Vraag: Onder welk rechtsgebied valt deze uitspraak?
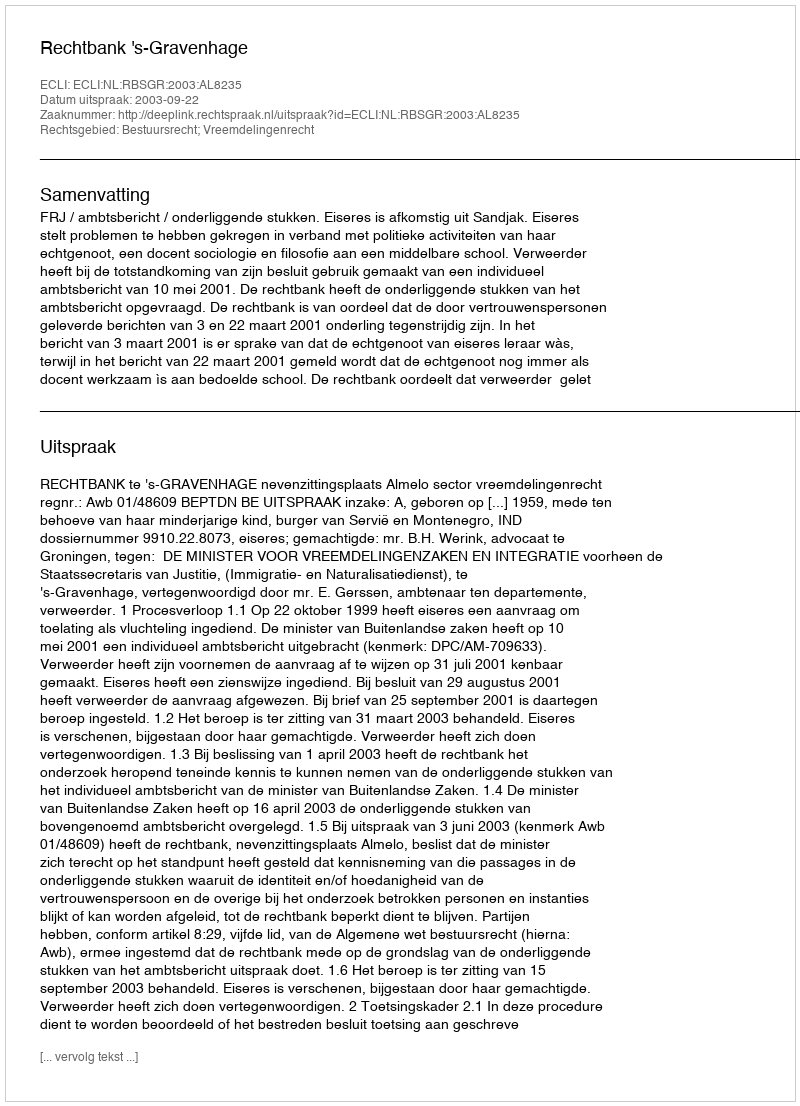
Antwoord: Bestuursrecht; Vreemdelingenrecht